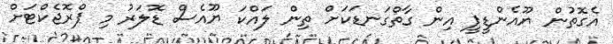
އެގޮތުން ޔޫއެންޑީޕީ އިން ގާތްގަނޑަކަށް ތިން ލައްކަ ޔޫއެސް ޑޮލަރު މި ޕްރޮޖެކްޓަށް